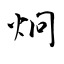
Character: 炯